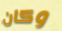
وكان